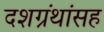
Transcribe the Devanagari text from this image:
दशग्रंथांसह